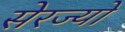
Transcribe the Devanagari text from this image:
सेरज्यो